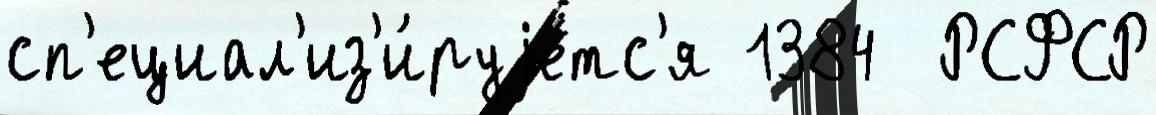
сп'ециал'из'и́руjетс'я 1384  РСФСР